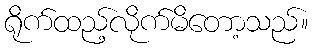
ရိုက်ထည့်လိုက်မိတော့သည်။